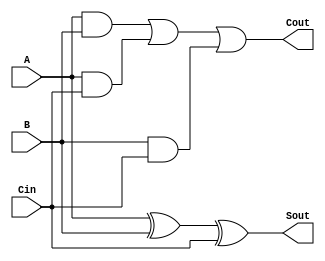
module full_adder(output Sout,Cout,input A, B, Cin);

    xor(w1,A,B);
    xor(Sout,w1,Cin);

    and(w2,A,B);
    and(w3,A,Cin);
    and(w4,B,Cin);

    or(w5,w2,w3);
    or(Cout,w5,w4);
    
endmodule